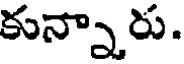
కున్నారు.